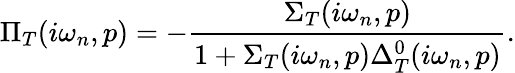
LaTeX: \Pi_{T}(i\omega_{n},p)=-\frac{\Sigma_{T}(i\omega_{n},p)}{1+\Sigma_{T}(i\omega_{n},p)\Delta_{T}^{0}(i\omega_{n},p)}.